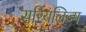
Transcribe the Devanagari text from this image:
सर्रियलिज्म